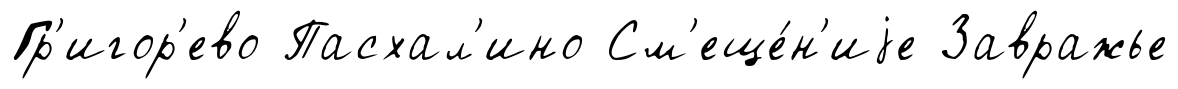
Гр'игор'ево Пасхал'ино См'еще́н'иjе Завражье